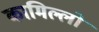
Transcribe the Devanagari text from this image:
कामिल्लो